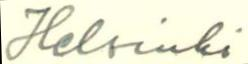
Helsinki